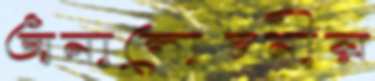
অনালোচনীয়